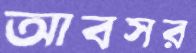
আবসর